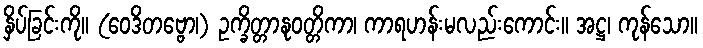
နှိပ်ခြင်းကို။ (ဝေဒိတဗ္ဗော၊) ဥက္ခိတ္တာနုဝတ္တိကာ၊ ကာရဟန်းမလည်းကောင်း။ အဋ္ဌ၊ ကုန်သော။